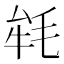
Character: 𣭰